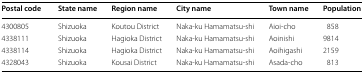
<table><thead><tr><td><b>Postal code</b></td><td><b>State name</b></td><td><b>Region name</b></td><td><b>City name</b></td><td><b>Town name</b></td><td><b>Population</b></td></tr></thead><tbody><tr><td>4300805</td><td>Shizuoka</td><td>Koutou District</td><td>Naka-ku Hamamatsu-shi</td><td>Aioi-cho</td><td>858</td></tr><tr><td>4338111</td><td>Shizuoka</td><td>Hagioka District</td><td>Naka-ku Hamamatsu-shi</td><td>Aoinishi</td><td>9814</td></tr><tr><td>4338114</td><td>Shizuoka</td><td>Hagioka District</td><td>Naka-ku Hamamatsu-shi</td><td>Aoihigashi</td><td>2159</td></tr><tr><td>4328043</td><td>Shizuoka</td><td>Kousai District</td><td>Naka-ku Hamamatsu-shi</td><td>Asada-cho</td><td>813</td></tr></tbody></table>